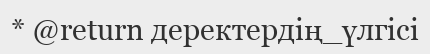
* @return деректердің_үлгісі